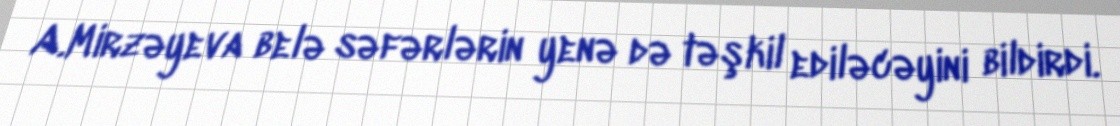
A.Mirzəyeva belə səfərlərin yenə də təşkil ediləcəyini bildirdi.